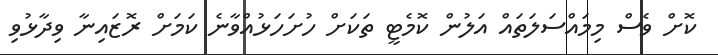
ކޮށް ވެސް މިމައްސަލަތައް އަލުން ކޮމެޓީ ތަކަށް ހުށަހަޅުއްވާނެ ކަމަށް ރޮޒައިނާ ވިދާޅުވި